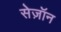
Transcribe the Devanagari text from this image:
सेज़ॉन